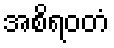
အစိရဝတံ